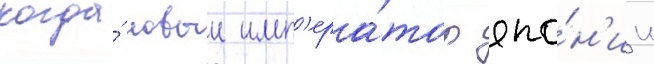
когда́ новыи имп'ера́тор япо́н'ии